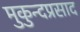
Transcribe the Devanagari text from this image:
मुकुन्दप्रसाद